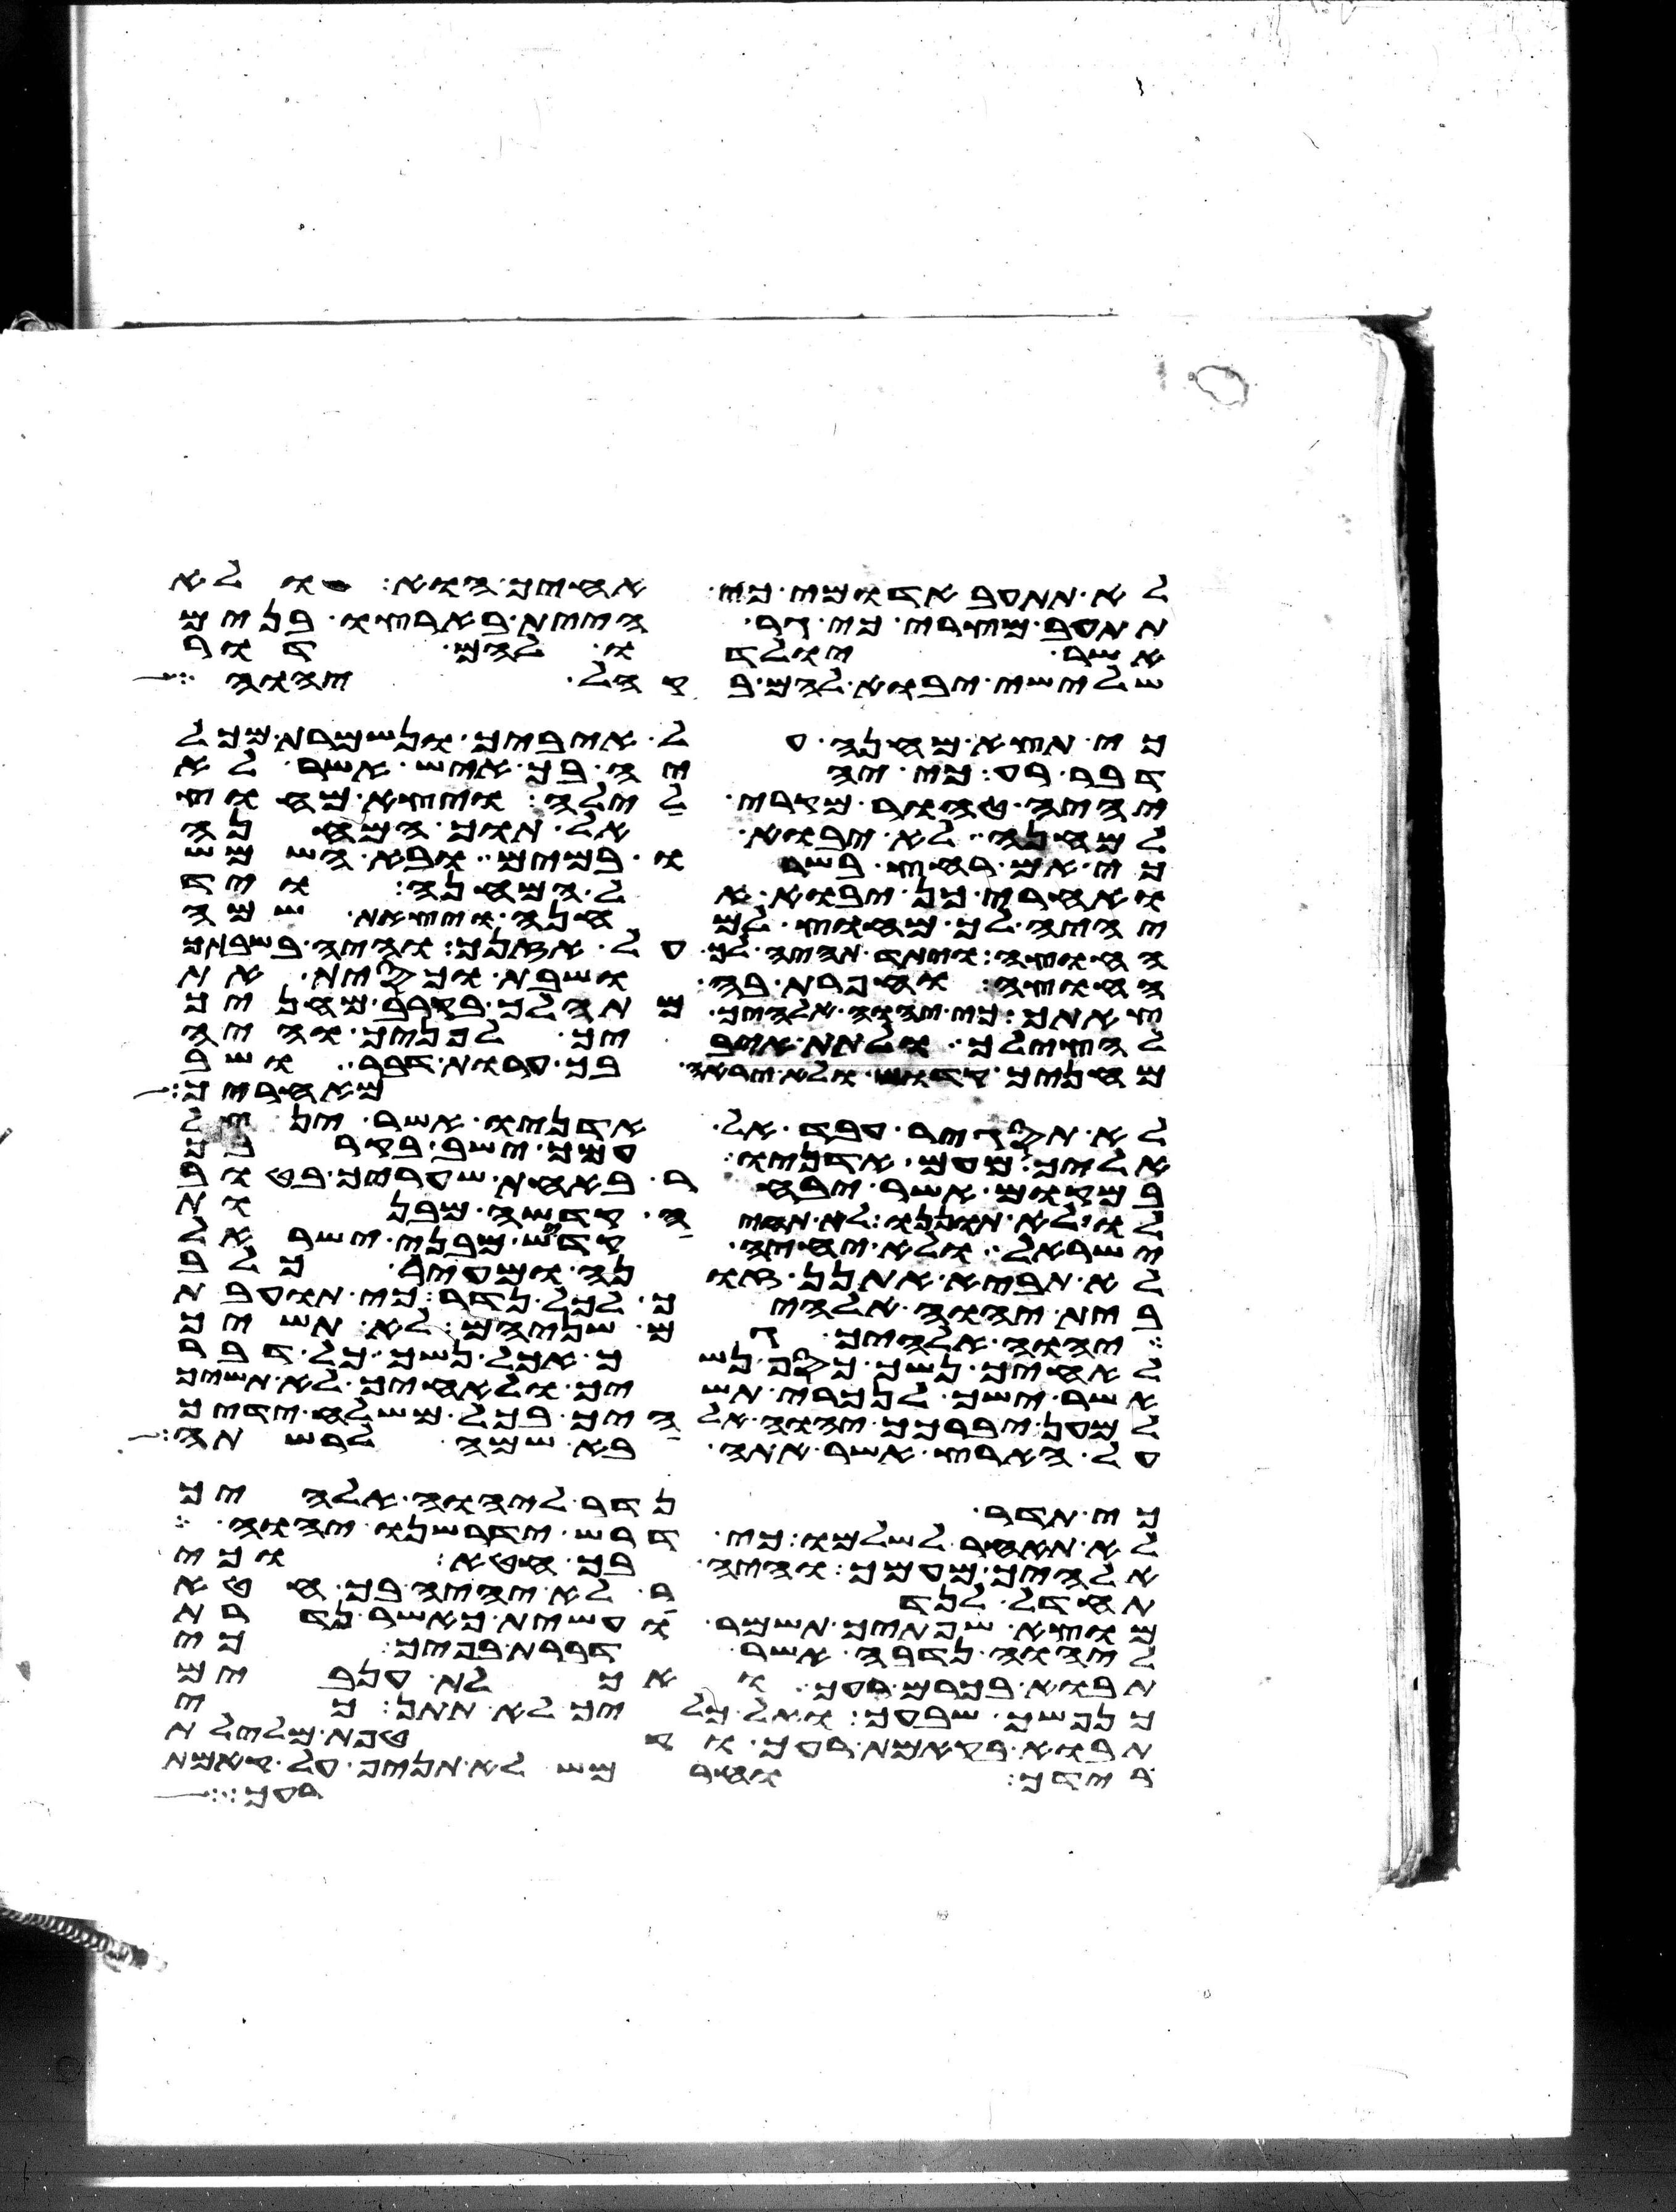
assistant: לא תתעב אדומי כי אחיך הוא ולא
תתעב מצרי כי גר היית בארצו בנים
אשר יולדו להם דור
שלישי יבוא להם בקהל יהוה
כי תצא מחנה על איביך ונשמרת מכל
דבר רע כי יהיה בך איש אשר לא
יהיה טהור מקרי לילה ויצא מחוץ
למחנה לא יבוא אל תוך המחנה
כי אם רחץ בשרו במים ובא השמש
ואחרי כן יבוא אל המחנה ויד
יהיה לך מחוץ למחנה ויצאת שם
החוצה ויתד תהיה לך על אזנך והיה בשבתך
החוצה וחפרת בה ושבת וכסית את
צאתך כי יהוה אלהיך מתהלך בקרב מחניך
להצילך ולתת איביך לפניך והיה
מחניך קדוש ולא יראה בך ערות דבר ושב
מאחריך
לא תסגיר עבד אל אדניו אשר ינצל
אליך מעם אדניו עמך ישב בקרבך
במקום אשר יבחר באחת שעריך בטוב
לו לא תוננו לא תחיה קדשה מבנות
ישראל ולא יחיה קדש מבני ישראל
לא תביא אתנן זונה ומחיר כלב
בית יהוה אלהיך לכל נדר כי תועבת
יהוה אלהיך גם שניהם לא תשיך
לאחיך נשך כסף נשך אכל נשך כל דבר
אשר ישך לנכרי תשיך ולאחיך לא תשיך
למען יברכך יהוה אלהיך בכל משלח ידיך
על הארץ אשר אתה בא שמה לרשתה
כי תדר נדר ליהוה אלהיך
לא תאחר לשלמו כי דרש ידרשנו יהוה
אלהיך מעמך והיה בך חטא וכי
תחדל לנדר לא יהיה בך חטא
מוצא שפתיך תשמר ועשית כאשר נדרת
ליהוה נדבה אשר דברת בפיך כי
תבוא בכרם רעך ואכלת ענבים
כנפשך שבעך ואל כליך לא תתן כי
תבוא בקמת רעך וקטפת מלילת
בידך וחרמש לא תניף על קמת
רעך